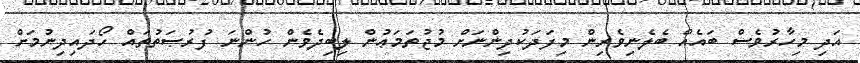
އަދި މިހާރުވެސް ބައެއް ބެލެނިވެރިން މިފަދަކުދިންނަށް މުޖުތަމަޢުން ލިބިދެވެން ހުންނަ ފުރުޞަތުތައް ހޯދައިދިނުމަށް